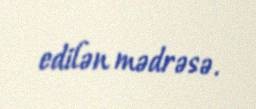
edilən mədrəsə.